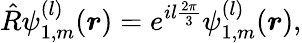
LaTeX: \hat{R}\psi_{1,m}^{(l)}(\boldsymbol{r})=e^{il\frac{2\pi}{3}}\psi_{1,m}^{(l)}(\boldsymbol{r}),